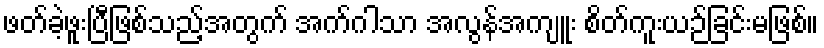
ဖတ်ခဲ့ဖူးပြီဖြစ်သည့်အတွက် အက်ဂါသာ အလွန်အကျူး စိတ်ကူးယဉ်ခြင်းမဖြစ်။